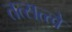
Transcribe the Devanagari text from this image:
तत्सत्त्वे